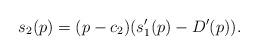
LaTeX: \begin{align*}s_{2}(p)=(p-c_{2})(s_{1}'(p)-D'(p)).\end{align*}